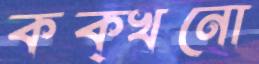
কক্খনো